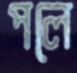
পলে